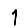
Digit: 1